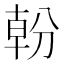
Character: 𭃿